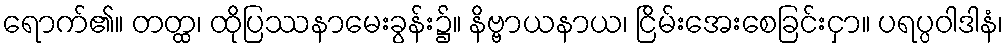
ရောက်၏။ တတ္ထ၊ ထိုပြဿနာမေးခွန်း၌။ နိဗ္ဗာယနာယ၊ ငြိမ်းအေးစေခြင်းငှာ။ ပရပ္ပဝါဒါနံ၊